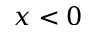
x < 0